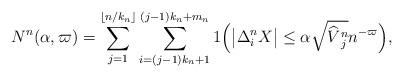
LaTeX: \begin{align*} N^n(\alpha,\varpi) = \sum_{j=1}^{\lfloor n/k_n\rfloor} \sum_{i=(j-1)k_n+1}^{(j-1)k_n+m_n}1\Bigl(\bigl|\Delta_i^n X\bigr|\leq\alpha\sqrt {\widehat{V}{}^n_{j}}n^{-\varpi} \Bigr),\end{align*}